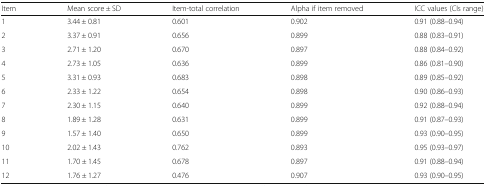
<table><thead><tr><td><b>Item</b></td><td><b>Mean score ± SD</b></td><td><b>Item-total correlation</b></td><td><b>Alpha if item removed</b></td><td><b>ICC values (CIs range)</b></td></tr></thead><tbody><tr><td>1</td><td>3.44 ± 0.81</td><td>0.601</td><td>0.902</td><td>0.91 (0.88–0.94)</td></tr><tr><td>2</td><td>3.37 ± 0.91</td><td>0.656</td><td>0.899</td><td>0.88 (0.83–0.91)</td></tr><tr><td>3</td><td>2.71 ± 1.20</td><td>0.670</td><td>0.897</td><td>0.88 (0.84–0.92)</td></tr><tr><td>4</td><td>2.73 ± 1.05</td><td>0.636</td><td>0.899</td><td>0.86 (0.81–0.90)</td></tr><tr><td>5</td><td>3.31 ± 0.93</td><td>0.683</td><td>0.898</td><td>0.89 (0.85–0.92)</td></tr><tr><td>6</td><td>2.33 ± 1.22</td><td>0.654</td><td>0.898</td><td>0.90 (0.86–0.93)</td></tr><tr><td>7</td><td>2.30 ± 1.15</td><td>0.640</td><td>0.899</td><td>0.92 (0.88–0.94)</td></tr><tr><td>8</td><td>1.89 ± 1.28</td><td>0.631</td><td>0.899</td><td>0.91 (0.87–0.93)</td></tr><tr><td>9</td><td>1.57 ± 1.40</td><td>0.650</td><td>0.899</td><td>0.93 (0.90–0.95)</td></tr><tr><td>10</td><td>2.02 ± 1.43</td><td>0.762</td><td>0.893</td><td>0.95 (0.93–0.97)</td></tr><tr><td>11</td><td>1.70 ± 1.45</td><td>0.678</td><td>0.897</td><td>0.91 (0.88–0.94)</td></tr><tr><td>12</td><td>1.76 ± 1.27</td><td>0.476</td><td>0.907</td><td>0.93 (0.90–0.95)</td></tr></tbody></table>